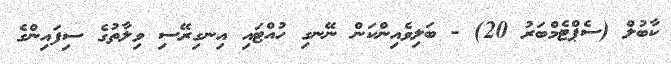
ކާބުލް (ސެޕްޓެމްބަރު 20) - ބަލިވެއިންކަން ނޭނގި ހުއްޓައި އިނގިރޭސި ވިލާތުގެ ސިފައިންގެ